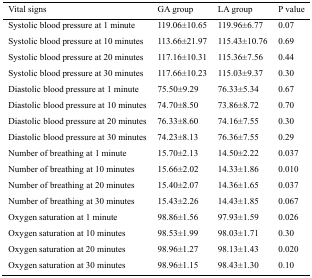
<table><thead><tr><td><b>Vital signs</b></td><td><b>GA group</b></td><td><b>LA group</b></td><td><b>P value</b></td></tr></thead><tbody><tr><td>Systolic blood pressure at 1 minute</td><td>119.06±10.65</td><td>119.96±6.77</td><td>0.07</td></tr><tr><td>Systolic blood pressure at 10 minutes</td><td>113.66±21.97</td><td>115.43±10.76</td><td>0.69</td></tr><tr><td>Systolic blood pressure at 20 minutes</td><td>117.16±10.31</td><td>115.36±7.56</td><td>0.44</td></tr><tr><td>Systolic blood pressure at 30 minutes</td><td>117.66±10.23</td><td>115.03±9.37</td><td>0.30</td></tr><tr><td>Diastolic blood pressure at 1 minute</td><td>75.50±9.29</td><td>76.33±5.34</td><td>0.67</td></tr><tr><td>Diastolic blood pressure at 10 minutes</td><td>74.70±8.50</td><td>73.86±8.72</td><td>0.70</td></tr><tr><td>Diastolic blood pressure at 20 minutes</td><td>76.33±8.60</td><td>74.16±7.55</td><td>0.30</td></tr><tr><td>Diastolic blood pressure at 30 minutes</td><td>74.23±8.13</td><td>76.36±7.55</td><td>0.29</td></tr><tr><td>Number of breathing at 1 minute</td><td>15.70±2.13</td><td>14.50±2.22</td><td>0.037</td></tr><tr><td>Number of breathing at 10 minutes</td><td>15.66±2.02</td><td>14.33±1.86</td><td>0.010</td></tr><tr><td>Number of breathing at 20 minutes</td><td>15.40±2.07</td><td>14.36±1.65</td><td>0.037</td></tr><tr><td>Number of breathing at 30 minutes</td><td>15.43±2.26</td><td>14.43±1.85</td><td>0.067</td></tr><tr><td>Oxygen saturation at 1 minute</td><td>98.86±1.56</td><td>97.93±1.59</td><td>0.026</td></tr><tr><td>Oxygen saturation at 10 minutes</td><td>98.53±1.99</td><td>98.03±1.71</td><td>0.30</td></tr><tr><td>Oxygen saturation at 20 minutes</td><td>98.96±1.27</td><td>98.13±1.43</td><td>0.020</td></tr><tr><td>Oxygen saturation at 30 minutes</td><td>98.96±1.15</td><td>98.43±1.30</td><td>0.10</td></tr></tbody></table>